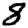
Digit: 8